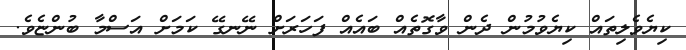
ކިޔެވެލިތައް ކިޔެވުމުން ދެން ވާގޮތެއް ބައެއް ފަހަރަށް ނޭނގޭ ކަމަށް އަސްމާ ބުންޏެވެ.